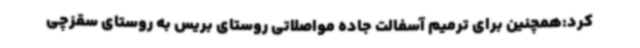
کرد:همچنین برای ترمیم آسفالت جاده مواصلاتی روستای بریس به روستای سقزچی